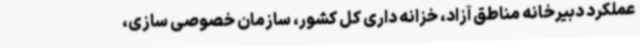
عملکرد دبیرخانه مناطق آزاد، خزانه داری کل کشور، سازمان خصوصی سازی،